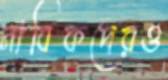
নাবিকদেরও